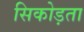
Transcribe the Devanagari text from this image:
सिकोड़ता